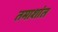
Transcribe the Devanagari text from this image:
तमाशांत